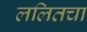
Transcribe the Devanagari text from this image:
ललितचा